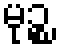
မုဉ္စ